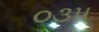
૦૩૫